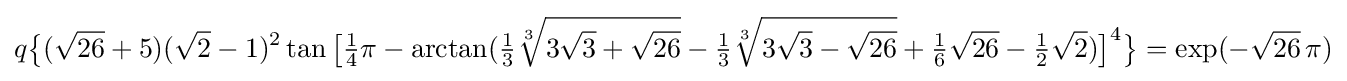
q{\bigl \{}({\sqrt {26}}+5)({\sqrt {2}}-1)^{2}\tan {\bigl [}{\tfrac {1}{4}}\pi -\arctan({\tfrac {1}{3}}{\sqrt[{3}]{3{\sqrt {3}}+{\sqrt {26}}}}-{\tfrac {1}{3}}{\sqrt[{3}]{3{\sqrt {3}}-{\sqrt {26}}}}+{\tfrac {1}{6}}{\sqrt {26}}-{\tfrac {1}{2}}{\sqrt {2}}){\bigr ]}^{4}{\bigr \}}=\exp(-{\sqrt {26}}\,\pi )